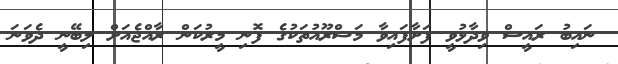
ނައިބު ރައީސް ވިދާޅުވީ ފަށާފައިވާ މަޝްރޫއުތަކުގެ ފޮނި މީރުކަން ރާއްޖެއަށް ލިބޭނީ ދެވަނަ